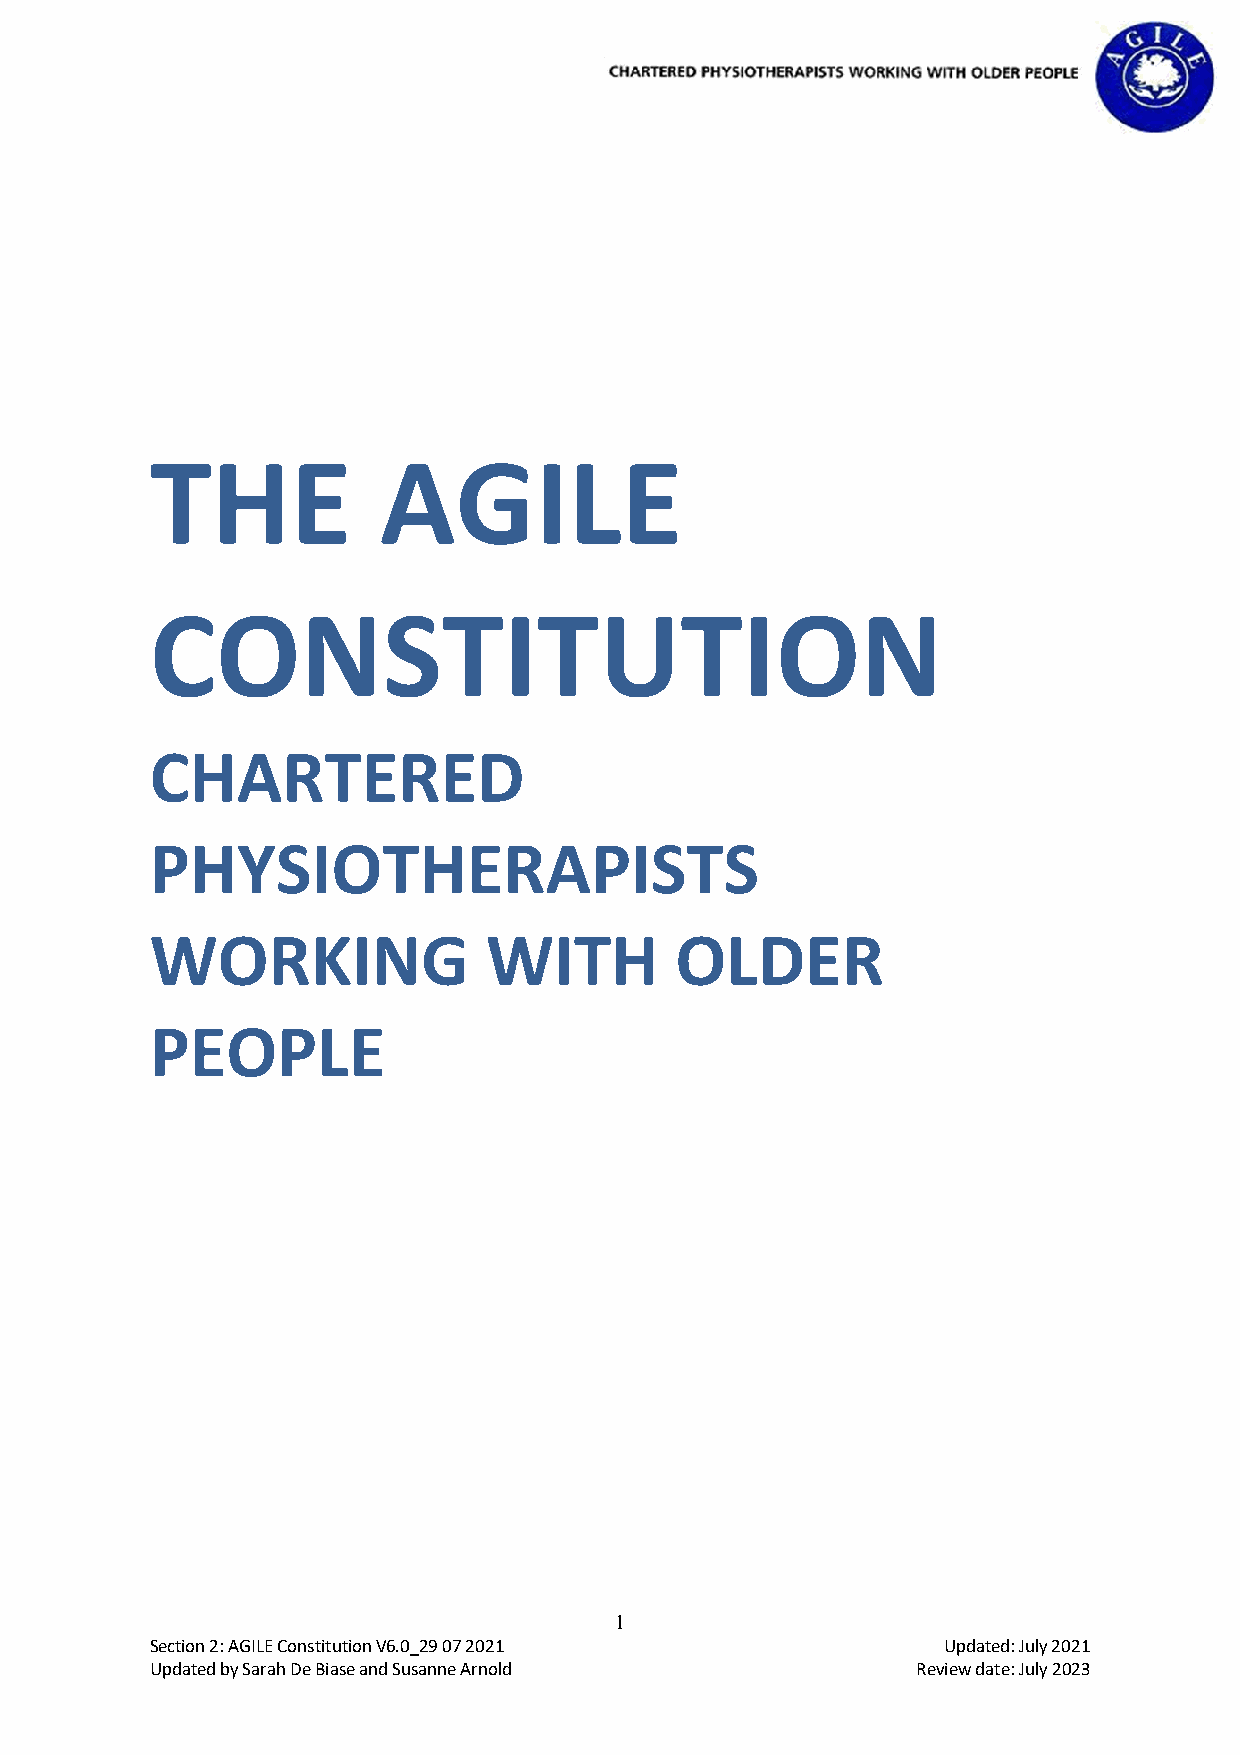
THE            AGILE
 CONSTITUTION
 CHARTERED
 PHYSIOTHERAPISTS
 WORKING               WITH         OLDER
 PEOPLE
 1
 Section 2: AGILE Constitution V6.0_29 07 2021       Updated: July 2021
 Updated by Sarah De Biase and Susanne Arnold       Review date: July 2023